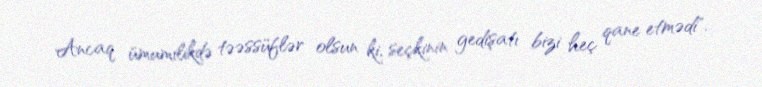
Ancaq ümumilikdə təəssüflər olsun ki, seçkinin gedişatı bizi heç qane etmədi".